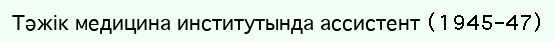
Тәжік медицина институтында ассистент (1945–47)